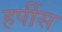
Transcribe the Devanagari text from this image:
हर्पीस